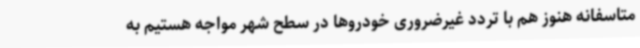
متاسفانه هنوز هم با تردد غیرضروری خودروها در سطح شهر مواجه هستیم به